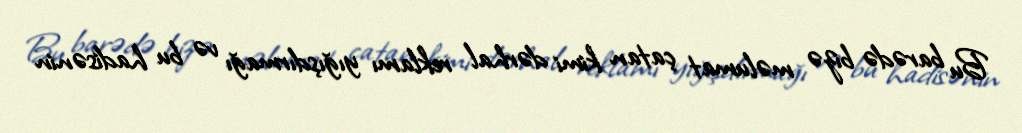
Bu barədə bizə məlumat çatan kimi dərhal reklamı yığışdırmağı və bu hadisənin